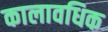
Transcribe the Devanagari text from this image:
कालावधिक